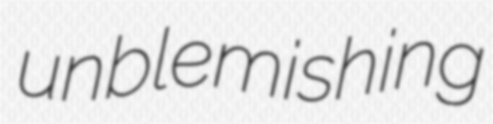
unblemishing